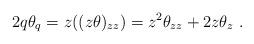
LaTeX: \begin{align*}2q\theta _q=z((z\theta )_{zz})=z^2\theta _{zz}+2z\theta _z~.\end{align*}